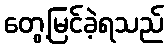
တွေ့မြင်ခဲ့ရသည်